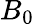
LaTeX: B_{0}